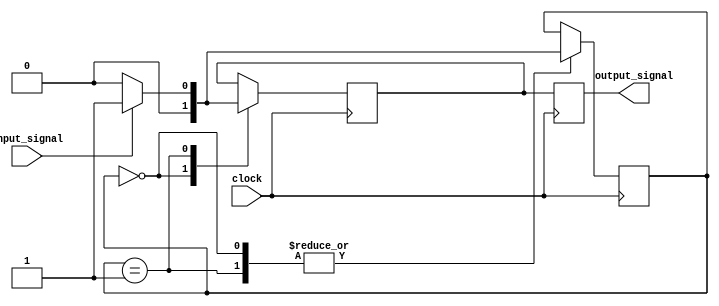
module MealyStateMachine (
    input input_signal,
    input clock,
    output reg output_signal
);

parameter START_STATE = 0;
parameter STATE_1 = 1;

reg [1:0] state;
reg output_signal_reg;

always @(posedge clock) begin
    case (state)
        START_STATE: begin
            if (input_signal == 1) begin
                state <= STATE_1;
                output_signal_reg <= 0;
            end else begin
                state <= START_STATE;
                output_signal_reg <= 0;
            end
        end

        STATE_1: begin
            if (input_signal == 0) begin
                state <= START_STATE;
                output_signal_reg <= 0;
            end else begin
                state <= STATE_1;
                output_signal_reg <= 1;
            end
        end
    endcase
end

always @(posedge clock) begin
    output_signal <= output_signal_reg;
end

endmodule